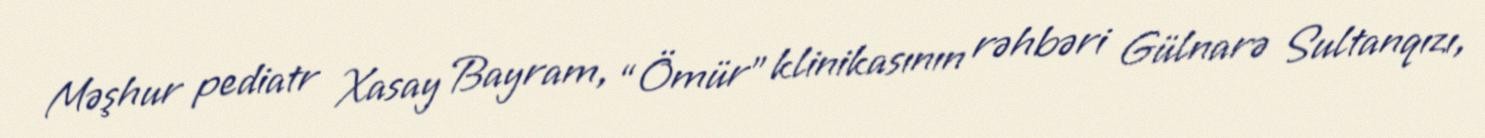
Məşhur pediatr Xasay Bayram, “Ömür” klinikasının rəhbəri Gülnarə Sultanqızı,